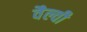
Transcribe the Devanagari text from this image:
वैल्वी